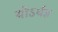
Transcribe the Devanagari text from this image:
योऽर्थज्ञ